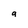
Character: 9